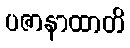
ပဇာနာထာတိ